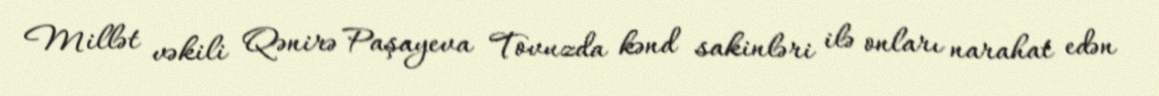
Millət vəkili Qənirə Paşayeva Tovuzda kənd sakinləri ilə onları narahat edən